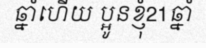
ឆ្នាំហើយ ប្អូនខ្ញុំ21ឆ្នាំ